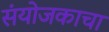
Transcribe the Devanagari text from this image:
संयोजकाचा